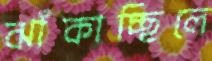
ঝাঁকাচ্ছিলে